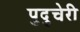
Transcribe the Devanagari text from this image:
पुदु्चेरी